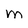
Character: M